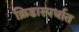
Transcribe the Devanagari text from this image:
क्रिडास्पर्धात